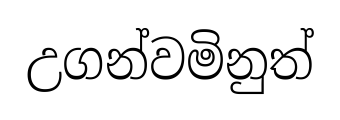
උගන්වමිනුත්